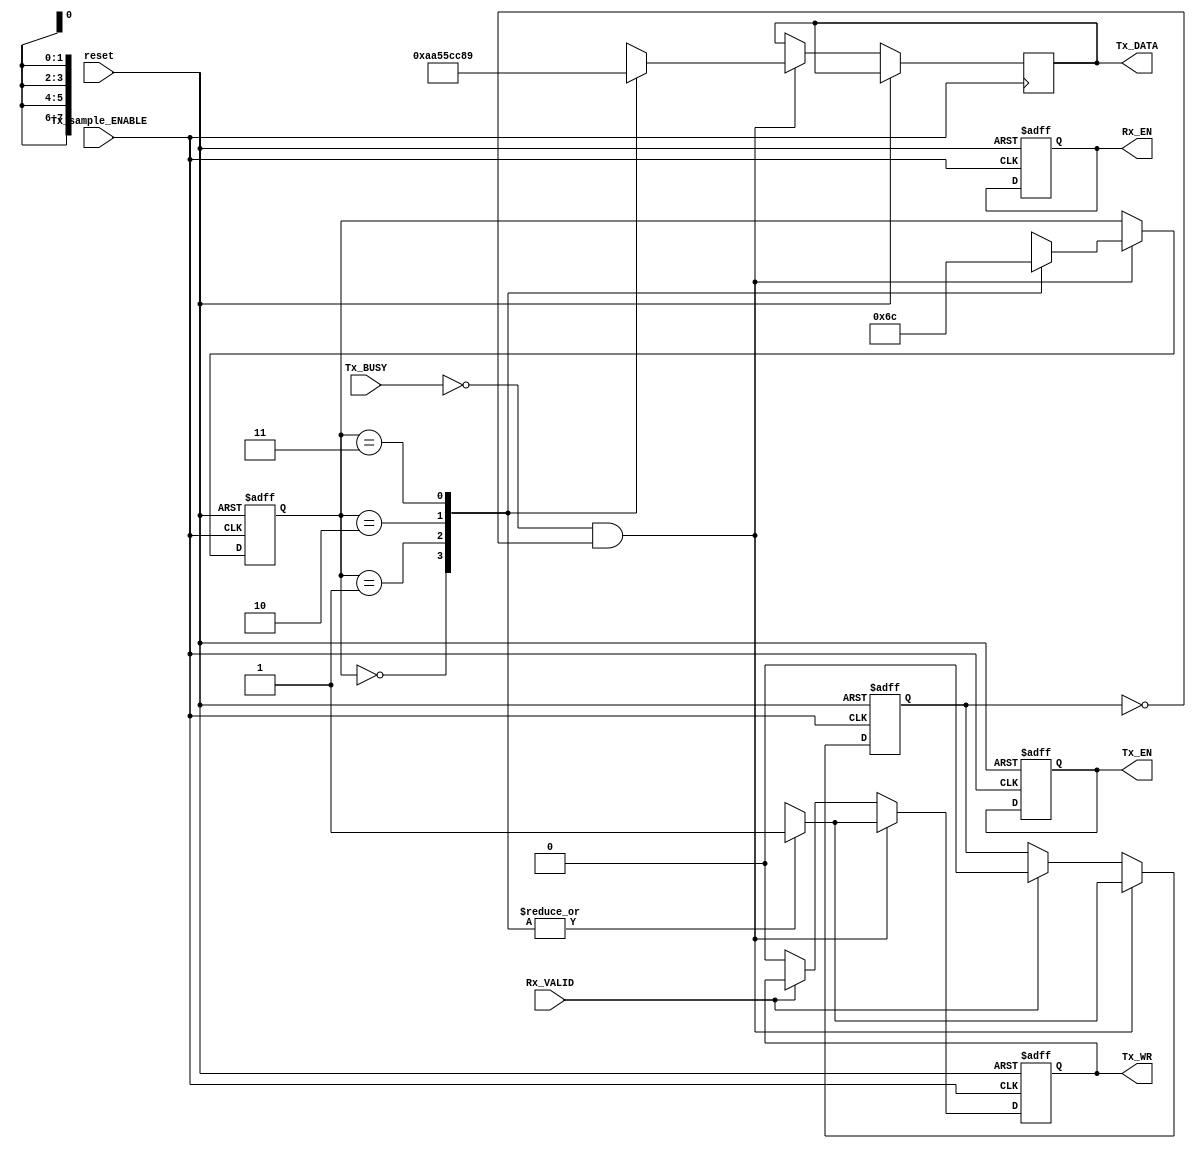
`timescale 1ns / 1ps
//////////////////////////////////////////////////////////////////////////////////
// Company: 
// Engineer: 
// 
// Design Name: 
// Module Name:    data 
// Project Name: 
// Target Devices: 
// Tool versions: 
// Description: 
//
// Dependencies: 
//
// Revision: 
// Revision 0.01 - File Created
// Additional Comments: 
//
//////////////////////////////////////////////////////////////////////////////////
module data(reset, Tx_BUSY, Rx_VALID, Tx_sample_ENABLE, Tx_DATA, Tx_EN, Rx_EN, Tx_WR);
input reset;
input Tx_BUSY, Rx_VALID, Tx_sample_ENABLE;
output reg [7:0] Tx_DATA;
output reg Tx_EN, Rx_EN, Tx_WR;

reg [1:0] data;
reg data_load;

always@(posedge reset or posedge Tx_sample_ENABLE)
begin
	if(reset)
	begin
		data_load = 1'b0;
		data = 2'b00;
		Tx_EN = 1'b1;
		Rx_EN = 1'b1;
		Tx_WR = 1'b0;
	end
	else
	begin
		if (Tx_BUSY == 1'b0 && data_load == 1'b0)// IF TRANSMITTER ISN'T BUSY AND DIDN'T TAKE SYMBOL, SEND SYMBOL
		begin
			case(data)
			2'b00: //FIRST SYMBOL
			begin
				Tx_WR = 1'b1; //TAKE VALUE 1 FOR 1 CYCLE
				data_load = 1'b1;
				Tx_DATA = 8'b10101010;
				data = 2'b01;
			end
			2'b01: //SECOND SYMBOL
			begin
				Tx_WR = 1'b1;
				data_load = 1'b1;
				Tx_DATA = 8'b01010101;
				data = 2'b10;
			end
			2'b10: //THIRD SYMBOL
			begin
				Tx_WR = 1'b1;
				data_load = 1'b1;
				Tx_DATA = 8'b11001100;
				data = 2'b11;
			end
			2'b11: //FINAL SYMBOL
			begin
				Tx_WR = 1'b1;
				data_load = 1'b1;
				Tx_DATA = 8'b10001001;
				data = 2'b00;
			end
			endcase
		end
		else if (Rx_VALID == 1'b1) // IF VALID = 1 DATA RECEIVED FROM RECEIVER
		begin
				data_load = 1'b0;
		end
		else // CHANGE Tx_WR IN ORDER TO HAVE VALUE ONLY FOR ONE CYCLE
		begin
			Tx_WR = 1'b0;
		end
	end
end


endmodule